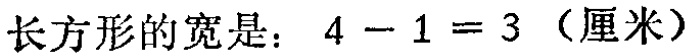
长方形的宽是：\(4 - 1 = 3\)（厘米）